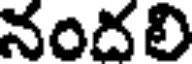
నందలి